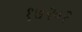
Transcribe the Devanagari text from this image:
१७२०२